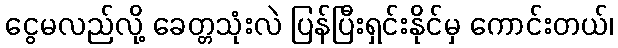
ငွေမလည်လို့ ခေတ္တသုံးလဲ ပြန်ပြီးရှင်းနိုင်မှ ကောင်းတယ်၊